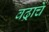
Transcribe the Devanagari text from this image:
वढ्राचे